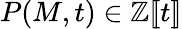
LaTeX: P(M,t)\in\mathbb{Z}[\! [t]\! ]